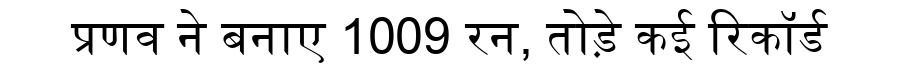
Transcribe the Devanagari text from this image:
प्रणव ने बनाए 1009 रन, तोड़े कई रिकॉर्ड